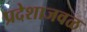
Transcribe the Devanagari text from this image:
प्रदेशाजवळ